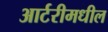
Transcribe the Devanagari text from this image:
आर्टरीमधील